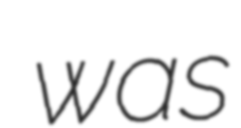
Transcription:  was